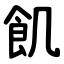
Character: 飢